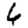
Digit: 6